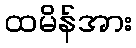
ထမိန်အား